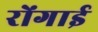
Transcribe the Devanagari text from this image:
रोंगाई